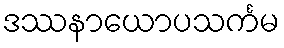
ဒဿနာယောပသင်္ကမ